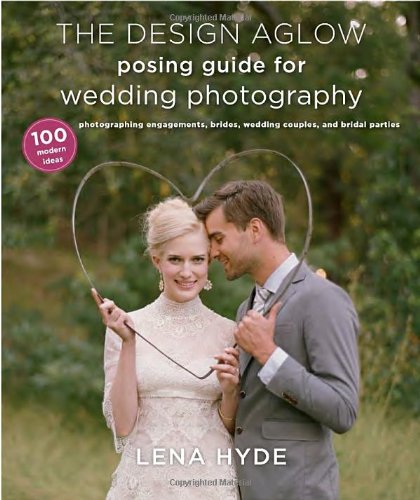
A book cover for The Design Aglow Posing Guide for Wedding Photography: 100 Modern Ideas for Photographing Engagements, Brides, Wedding Couples, and Wedding Parties; Lena Hyde; Crafts, Hobbies & Home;